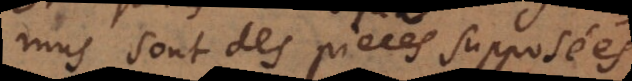
mus sont des pieces supposées,